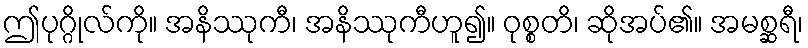
ဤပုဂ္ဂိုလ်ကို။ အနိဿုကီ၊ အနိဿုကီဟူ၍။ ဝုစ္စတိ၊ ဆိုအပ်၏။ အမစ္ဆရီ၊